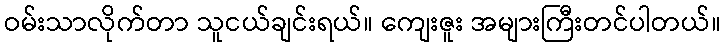
ဝမ်းသာလိုက်တာ သူငယ်ချင်းရယ်။ ကျေးဇူး အများကြီးတင်ပါတယ်။